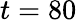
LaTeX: t=80